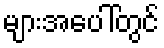
များအပေါ်တွင်